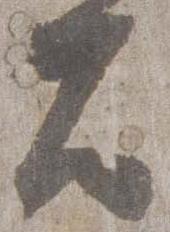
殿